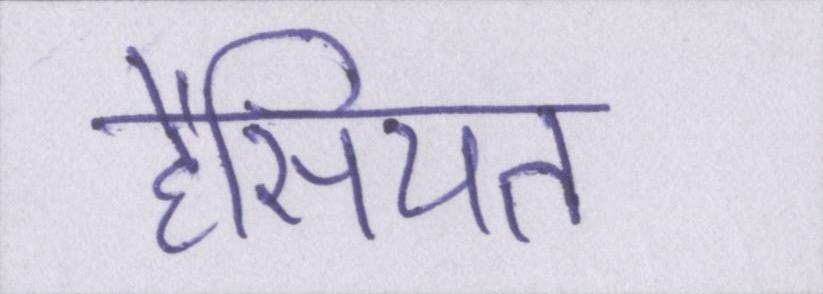
हैसियत